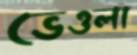
ভেওলা